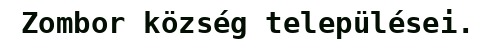
Zombor község települései.